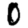
Digit: 0